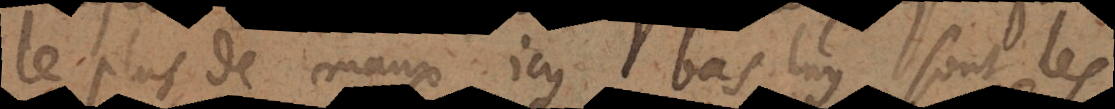
le plus de maux icy bas, luy sont les